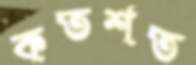
কতশত